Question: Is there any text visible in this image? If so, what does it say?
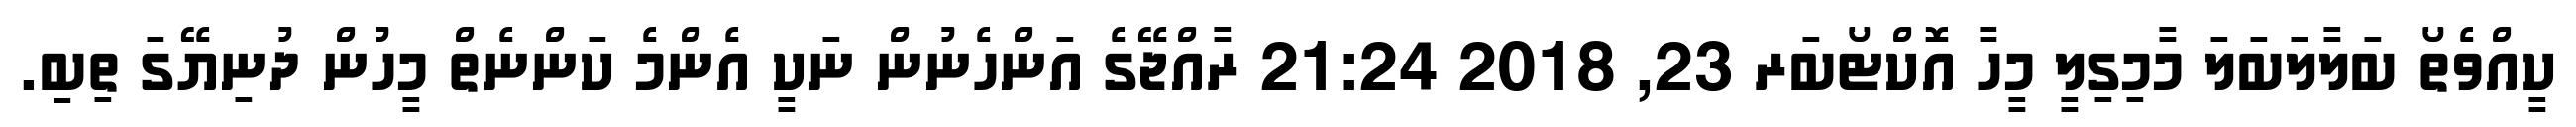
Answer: ކީއްވެތޯ ބަލާލަބަލަ މާމިގިލީ މީހާ އޮކްޓޯބަރ 23, 2018 21:24 ރާއްޖޭގެ އަންހެނުން ނަކީ އެންމެ ކަންނެތް މީހުން ދުނިޔޭގަ ތިބި.